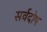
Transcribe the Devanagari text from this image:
सर्वदोष